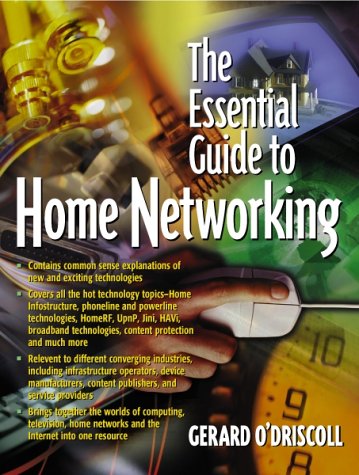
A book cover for Essential Guide to Home Networking Technologies, The; Gerard O'Driscoll; Computers & Technology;